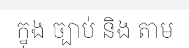
ក្នុង ច្បាប់ និង តាម